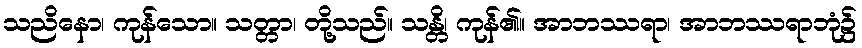
သညိနော၊ ကုန်သော။ သတ္တာ၊ တို့သည်။ သန္တိ၊ ကုန်၏။ အာဘဿရာ၊ အာဘဿရာဘုံ၌